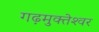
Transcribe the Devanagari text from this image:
गढ़मुक्‍तेश्‍वर